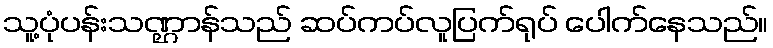
သူ့ပုံပန်းသဏ္ဌာန်သည် ဆပ်ကပ်လူပြက်ရုပ် ပေါက်နေသည်။